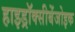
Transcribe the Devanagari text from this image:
हाइड्रॉक्सीबेंजोइक